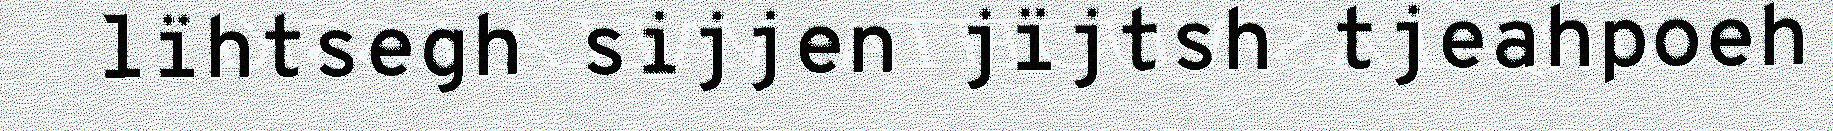
lïhtsegh sijjen jïjtsh tjeahpoeh